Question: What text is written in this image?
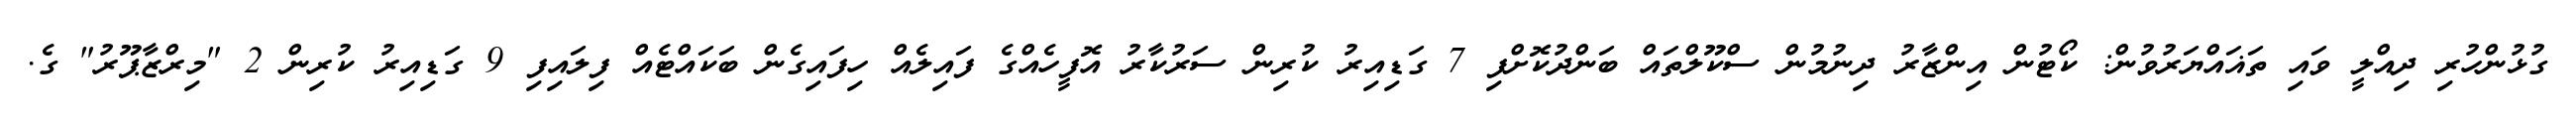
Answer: ގުޅުންހުރި ދިއްލީ ވައި ތަޣައްޔަރުވުން: ކޯޓުން އިންޒާރު ދިނުމުން ސްކޫލްތައް ބަންދުކޮށްފި 7 ގަޑިއިރު ކުރިން ސަރުކާރު އޮފީހެއްގެ ފައިލެއް ހިފައިގެން ބަކައްޓެއް ފިލައިފި 9 ގަޑިއިރު ކުރިން 2 "މިރްޒާޕޫރު" ގެ.